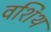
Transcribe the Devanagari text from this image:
वशिथ